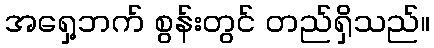
အရှေ့ဘက် စွန်းတွင် တည်ရှိသည်။